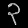
Digit: ၃